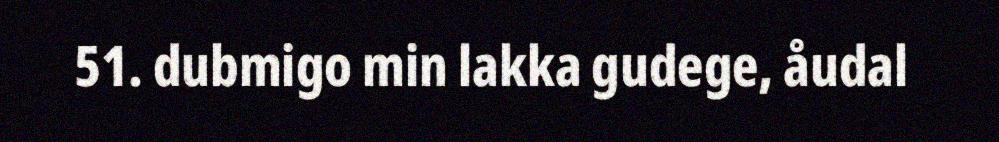
51. dubmigo min lakka gudege, åudal